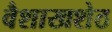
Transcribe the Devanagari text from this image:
वैशाखशेठ